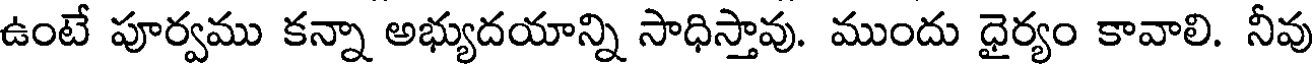
ఉంటే పూర్వము కన్నా అభ్యుదయాన్ని సాధిస్తావు. ముందు ధైర్యం కావాలి. నీవు